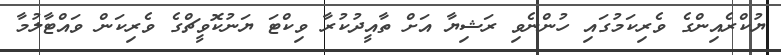
ޔުކްރެއިންގެ ވެރިކަމުގައި ހުންނެވި ރަޝިޔާ އަށް ތާއީދުކުރާ ވިކްޓަ ޔަނުކޮވީޗްގެ ވެރިކަން ވައްޓާލުމާ